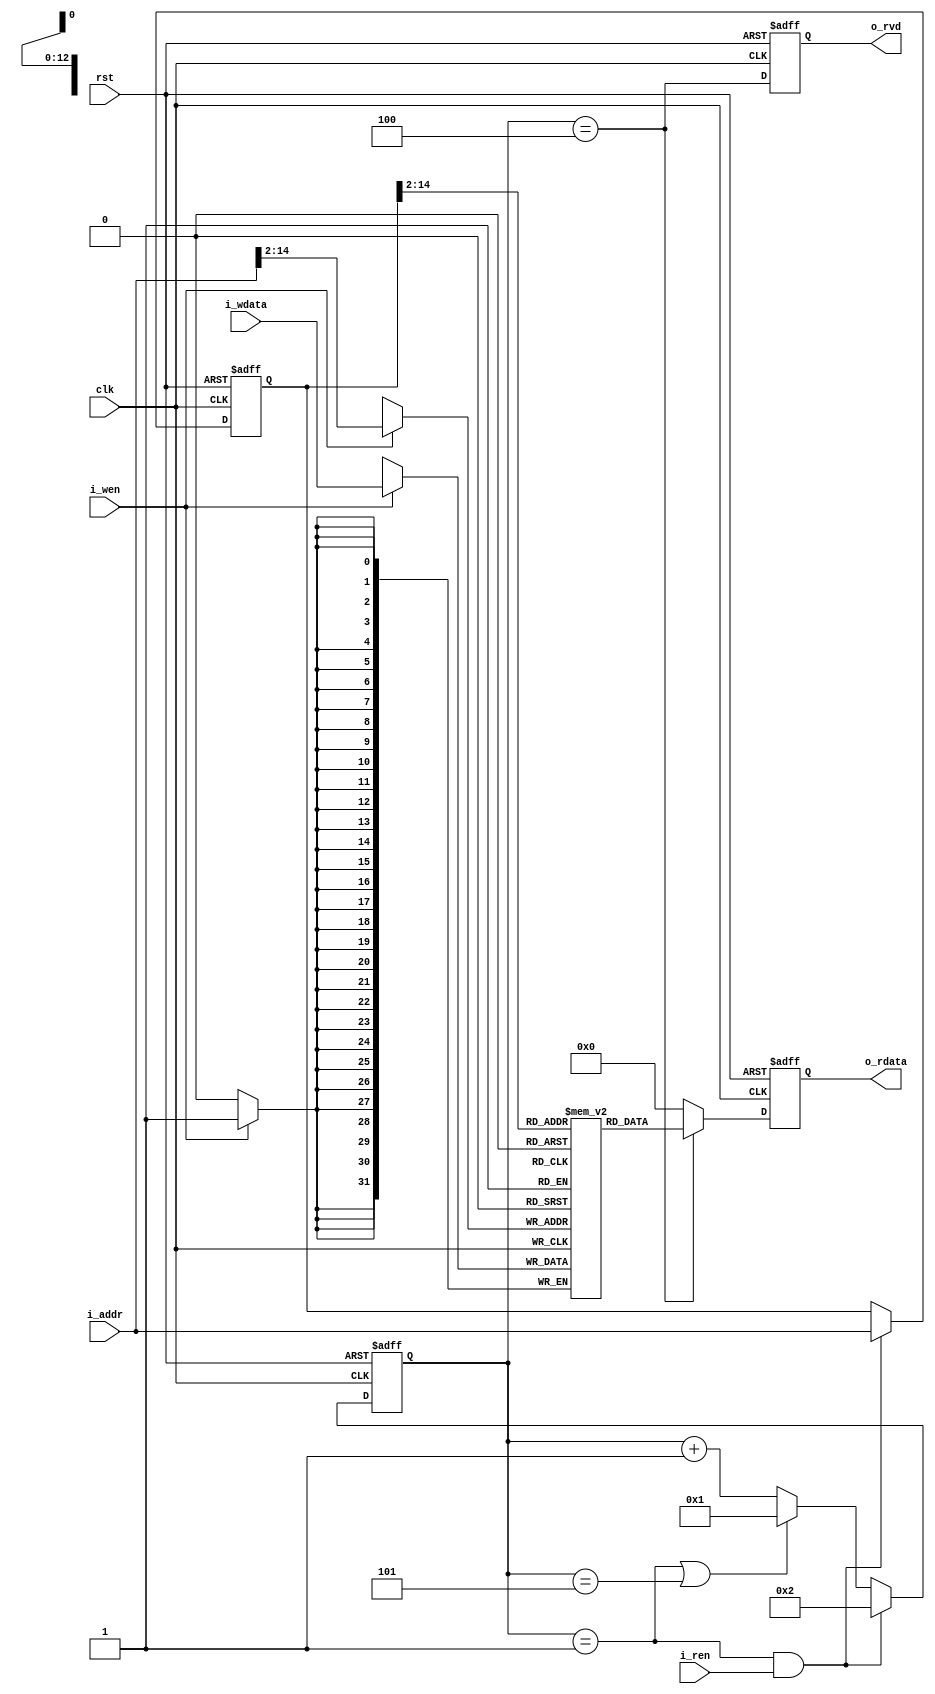
`timescale 1ns / 1ps
module dmem #(
	parameter	DELAY = 5
)(
	input				clk,
	input				rst,
	input				i_wen,
	input		[31:0]	i_wdata,
	input				i_ren,
	output	reg			o_rvd,
	output	reg	[31:0]	o_rdata,
	input		[31:0]	i_addr
);

	reg [31:0] mem[0:1024*8-1];

	reg	[31:0]	r_c=1, r_addr=0;
	always @(posedge clk or posedge rst) begin
		if (rst) begin
			r_addr	<=	0;
			r_c		<=	0;
			o_rvd	<=	0;
			o_rdata	<=	0;
		end else begin
			r_addr	<=	(r_c==1 & i_ren)?i_addr:r_addr;
			r_c		<=	(r_c==1 & i_ren)?2
					:	(r_c==1 | r_c==DELAY)?1:r_c+1;
			o_rvd	<=	(r_c==DELAY-1);
			o_rdata	<=	(r_c==DELAY-1)?mem[r_addr[31:2]]:0;
		end
	end

	always @(posedge clk) begin
		if (i_wen) begin
			mem[i_addr[14:2]]	<=	i_wdata;
		end
	end

	integer idx; // need integer for loop
	initial begin
		for (idx = 0; idx < 255; idx = idx + 1) $dumpvars(0, mem[idx]);
	end
endmodule